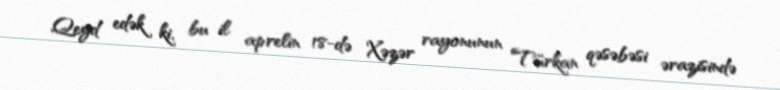
Qeyd edək ki, bu il aprelin 18-də Xəzər rayonunun Türkan qəsəbəsi ərazisində